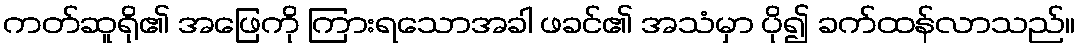
ကတ်ဆူရို၏ အဖြေကို ကြားရသောအခါ ဖခင်၏ အသံမှာ ပို၍ ခက်ထန်လာသည်။